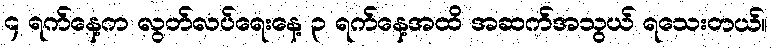
၄ ရက်နေ့က လွတ်လပ်ရေးနေ့ ၃ ရက်နေ့အထိ အဆက်အသွယ် ရသေးတယ်။